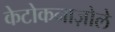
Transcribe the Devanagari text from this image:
केटोकनाज़ोले